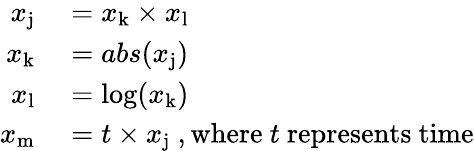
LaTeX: \begin{array}{rl}{x_{\mathrm{j}}}&{{}=x_{\mathrm{k}}\times x_{\mathrm{l}}}\\ {x_{\mathrm{k}}}&{{}=abs(x_{\mathrm{j}})}\\ {x_{\mathrm{l}}}&{{}=\log(x_{\mathrm{k}})}\\ {x_{\mathrm{m}}}&{{}=t\times x_{\mathrm{j}}{\mathrm{~,where~}}t{\mathrm{~represents~time}}}\end{array}